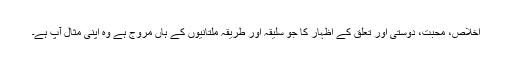
اخلاص، محبت، دوستی اور تعلق کے اظہار کا جو سلیقہ اور طریقہ ملتانیوں کے ہاں مروج ہے وہ اپنی مثال آپ ہے۔